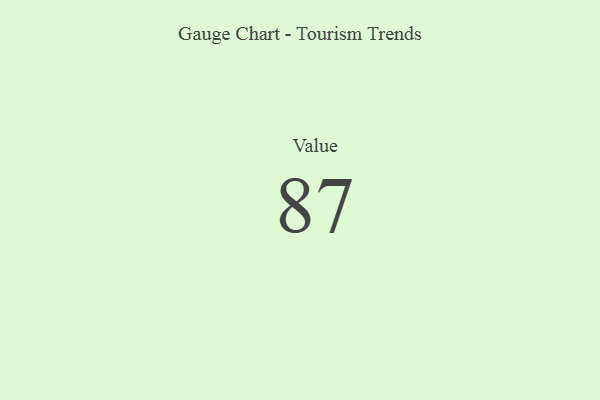
{"axis": {"x": "Metric", "y": "Value"}, "legend": [""], "data": [{"x": "Value", "y": 87, "type": ""}]}